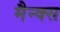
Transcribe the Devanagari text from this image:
मैन्क्स